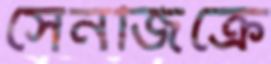
সেনজিক্রে